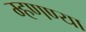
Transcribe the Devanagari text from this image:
म्हणण्या